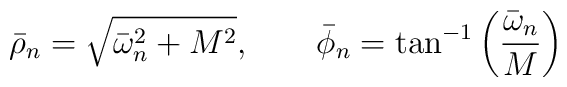
\bar{\rho}_{n} = \sqrt{\bar{\omega}_{n}^{2}+M^{2}},\qquad\bar{\phi}_{n} = \tan^{-1}\left({\bar{\omega}_{n}\over M}\right)